Indian journal of veterinary science and animal husbandry - Volumes 28-29, 1958-1959
Year: 1958
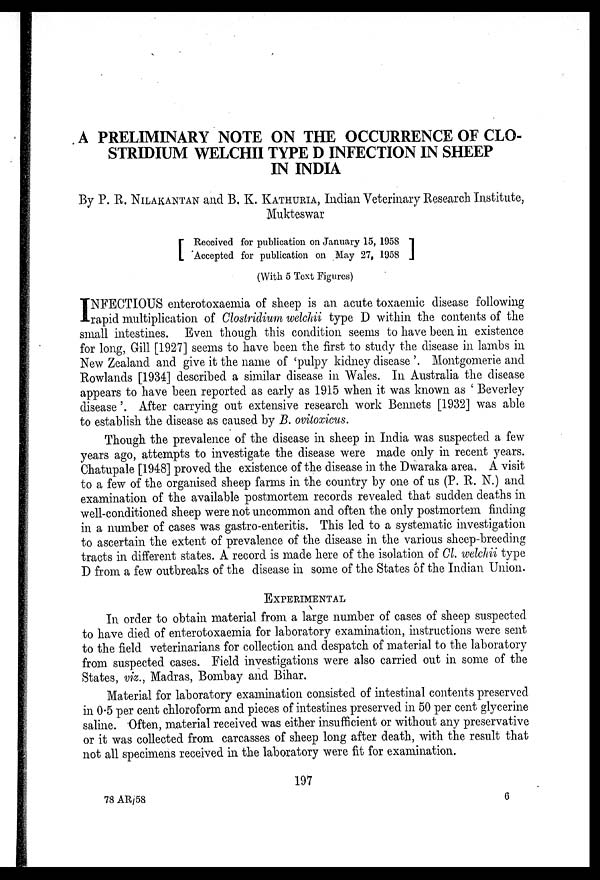
A PRELIMINARY NOTE ON THE OCCURRENCE OF CLO-
STRIDIUM WELCHII TYPE D INFECTION IN SHEEP
IN INDIA
By P. R. NILAKANTAN and B. K. KATHRIA, Indian Veterinary Research Institute,
Mukteswar
[ Received for publication on January 15, 1958
Accepted for publication on May 27,
1958]
(With 5 Text Figures)
I NFECTIOUS enterotoxaemia of sheep is an acute toxaemic disease following
rapid multiplication of Clostridium welchii type D within the contents of the
small intestines. Even though this condition seems to have been in existence
for long, Gill [1927] seems to have been the first to study the disease in lambs in
New Zealand and give it the name of 'pulpy kidney disease '. Montgomerie and
Rowlands [1934] described a similar disease in Wales. In Australia the disease
appears to have been reported as early as 1915 when it was known as ' Beverley
disease'. After carrying out extensive research work Bennets [1932] was able
to establish the disease as caused by B. ovitoxicus.
Though the prevalence of the disease in sheep in India was suspected a few
years ago, attempts to investigate the disease were made only in recent years.
Chatupale [1948] proved the existence of the disease in the Dwaraka area. A visit
to a few of the organised sheep farms in the country by one of us (P. R. N.) and
examination of the available postmortem records revealed that sudden deaths in
well-conditioned sheep were not uncommon and often the only postmortem finding
in a number of cases was gastro-enteritis. This led to a systematic investigation
to ascertain the extent of prevalence of the disease in the various sheep-breeding
tracts in different states. A record is made here of the isolation of Cl. welchii type
D from a few outbreaks of the disease in some of the States of the Indian Union.
EXPERIMENTAL
In order to obtain material from a large number of cases of sheep suspected
to have died of enterotoxaemia for laboratory examination, instructions were sent
to the field veterinarians for collection and despatch of material to the laboratory
from suspected cases. Field investigations were also carried out in some of the
States, viz., Madras, Bombay and Bihar.
Material for laboratory examination consisted of intestinal contents preserved
in 0.5 per cent chloroform and pieces of intestines preserved in 50 per cent glycerine
saline. Often, material received was either insufficient or without any preservative
or it was collected from carcasses of sheep long after death, with the result that
not all specimens received in the laboratory were fit for examination.
197
78 AR/58
6